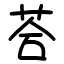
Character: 荅